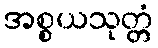
အစ္စယသုတ္တံ